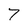
Character: 7